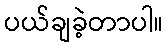
ပယ်ချခဲ့တာပါ။